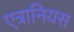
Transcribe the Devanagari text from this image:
एत्रानियस